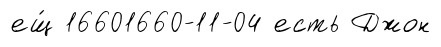
ещ́ 16601660-11-04 есть Джон